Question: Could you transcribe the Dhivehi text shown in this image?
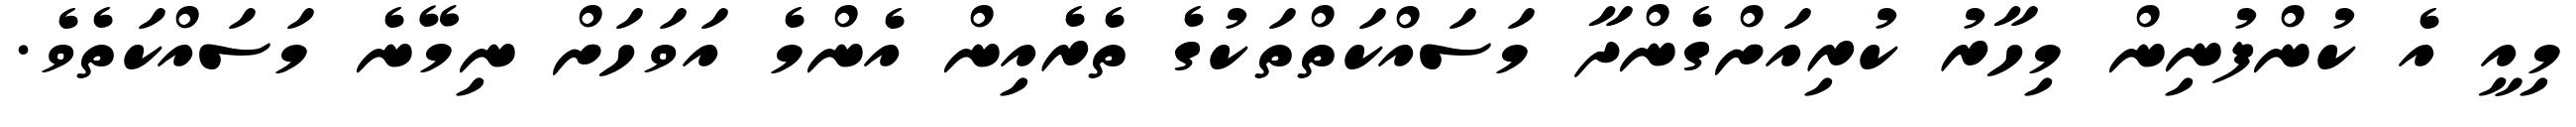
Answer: މިއީ އެ ކުންފުނިން މިހާރު ކުރިއަށްގެންދާ މަސައްކަތްތަކުގެ ތެރެއިން އެންމެ އަވަހަށް ނިމޭނެ މަސައްކަތެވެ.